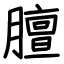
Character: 膻